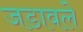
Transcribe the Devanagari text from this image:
जडावले